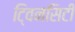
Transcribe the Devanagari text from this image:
टि्वनसिटी